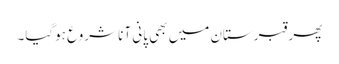
پھر قبرستان میں بھی پانی آنا شروع ہوگیا۔